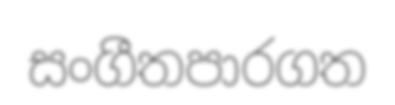
සංගීතපාරගත